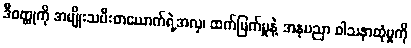
ဒီဝတ္ထုကို အမျိုးသမီးတယောက်ရဲ့အလှ၊ ထက်မြက်မှုနဲ့ အနုပညာ ဝါသနာထုံမှုကို